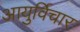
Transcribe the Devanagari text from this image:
आयुर्विचार